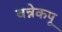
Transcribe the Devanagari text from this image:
वन्नेकपू